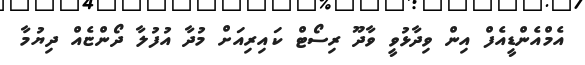
އެމްއެންޑީއެފް އިން ވިދާޅުވީ ވާދޫ ރިސޯޓް ކައިރިއަށް މުދާ އުފުލާ ދޯންޏެއް ދިޔުމާ